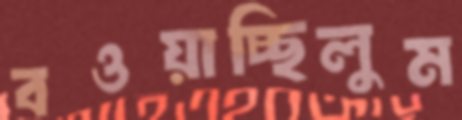
বওয়াচ্ছিলুম